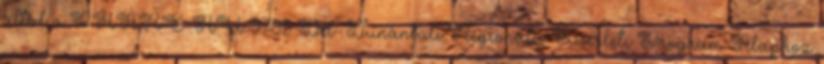
által a PHARE-HU 9705 Dél-Dunántúli Regionális Kísérleti Program Alaphoz